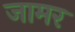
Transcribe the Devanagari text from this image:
जामर